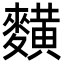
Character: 䵃